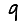
Digit: 9